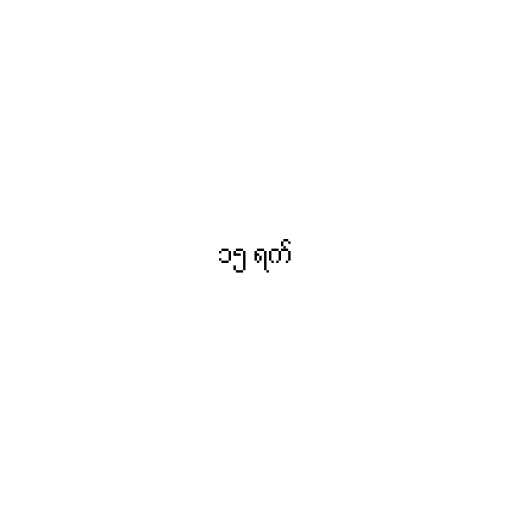
၁၅ ရက်